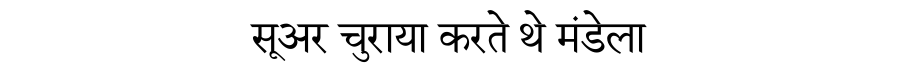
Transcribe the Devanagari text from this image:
सूअर चुराया करते थे मंडेला